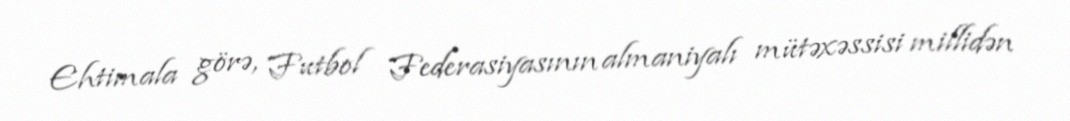
Ehtimala görə, Futbol Federasiyasının almaniyalı mütəxəssisi millidən